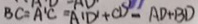
B C = A ^ { \prime } C = A ^ { \prime } D ^ { \prime } + C D - A D + B D